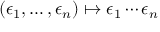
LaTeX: \left( \epsilon _ { 1 } , \ldots , \epsilon _ { n } \right) \mapsto \epsilon _ { 1 } \cdots \epsilon _ { n }